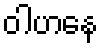
ဝါဟနေ